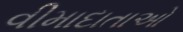
વીમાદાતાઓ